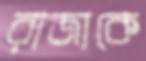
রাজাকে